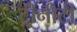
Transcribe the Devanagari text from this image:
ट्रीनीटी